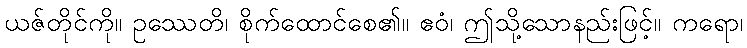
ယဇ်တိုင်ကို။ ဥဿေတိ၊ စိုက်ထောင်စေ၏။ ဧဝံ၊ ဤသို့သောနည်းဖြင့်။ ကရော၊